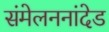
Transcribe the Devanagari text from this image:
संमेलननांदेड